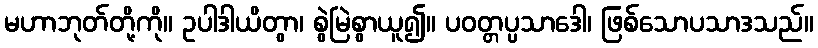
မဟာဘုတ်တို့ကို။ ဥပါဒါယိတွာ၊ စွဲမြဲစွာယူ၍။ ပဝတ္တပ္ပသာဒေါ၊ ဖြစ်သောပသာဒသည်။